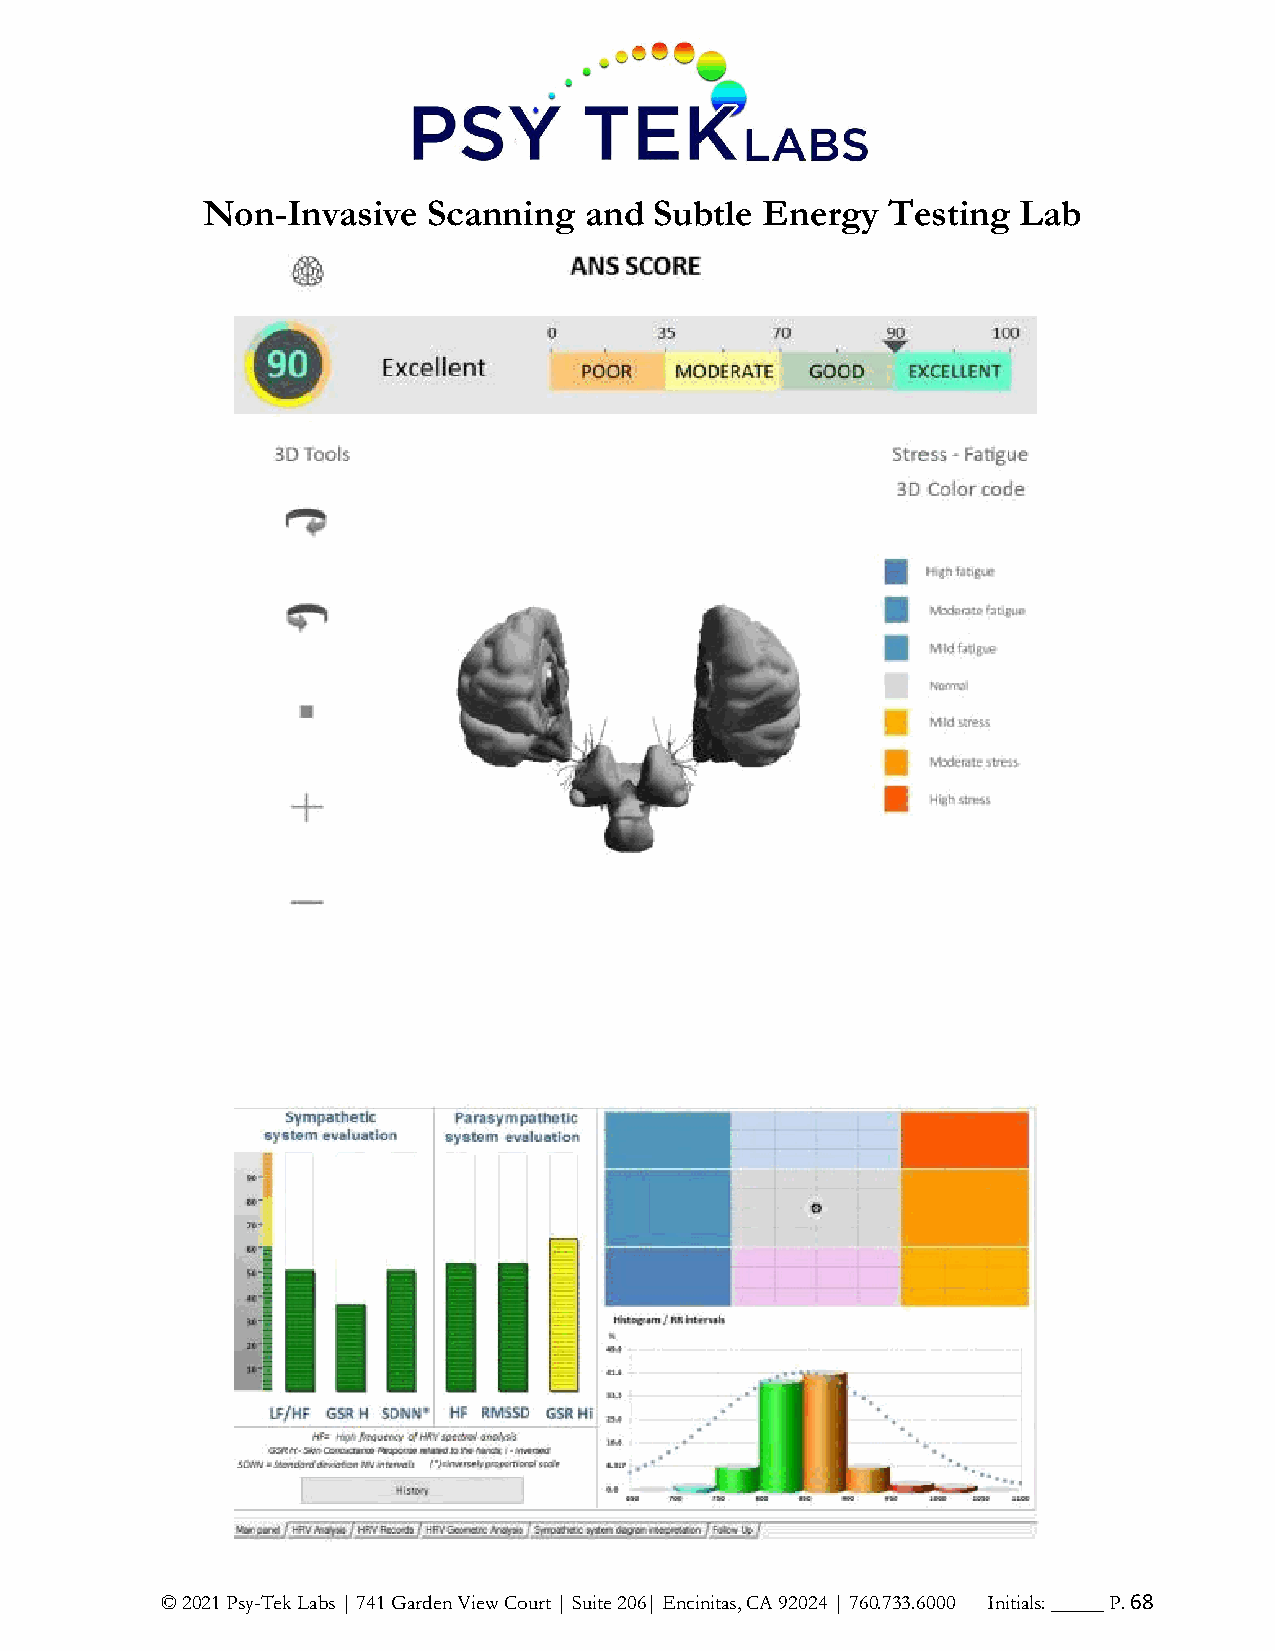
Non-Invasive   Scanning   and Subtle Energy   Testing  Lab
 © 2021 Psy-Tek Labs | 741 Garden View Court | Suite 206| Encinitas, CA 92024 | 760.733.6000 Initials: _____ P. 68